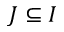
J \subseteq I